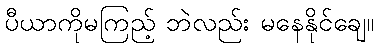
ပီယာကိုမကြည့် ဘဲလည်း မနေနိုင်ချေ။